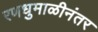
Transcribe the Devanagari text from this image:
रणधुमाळीनंतर